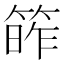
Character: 𥯭